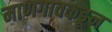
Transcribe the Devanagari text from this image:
माणगावकडून